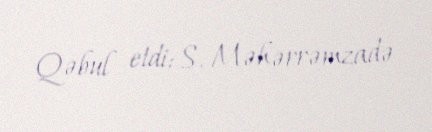
Qəbul etdi: S. Məhərrəmzadə